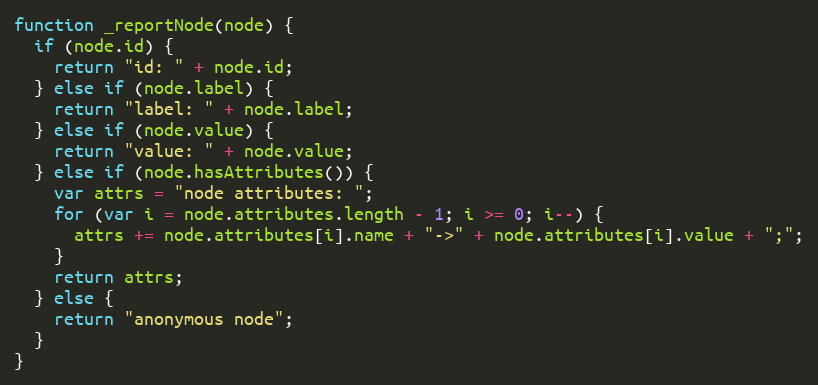
Language: JavaScript
function _reportNode(node) {
  if (node.id) {
    return "id: " + node.id;
  } else if (node.label) {
    return "label: " + node.label;
  } else if (node.value) {
    return "value: " + node.value;
  } else if (node.hasAttributes()) {
    var attrs = "node attributes: ";
    for (var i = node.attributes.length - 1; i >= 0; i--) {
      attrs += node.attributes[i].name + "->" + node.attributes[i].value + ";";
    }
    return attrs;
  } else {
    return "anonymous node";
  }
}